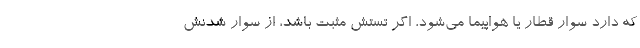
که دارد سوار قطار یا هواپیما می‌شود، اگر تستش مثبت باشد، از سوار شدنش